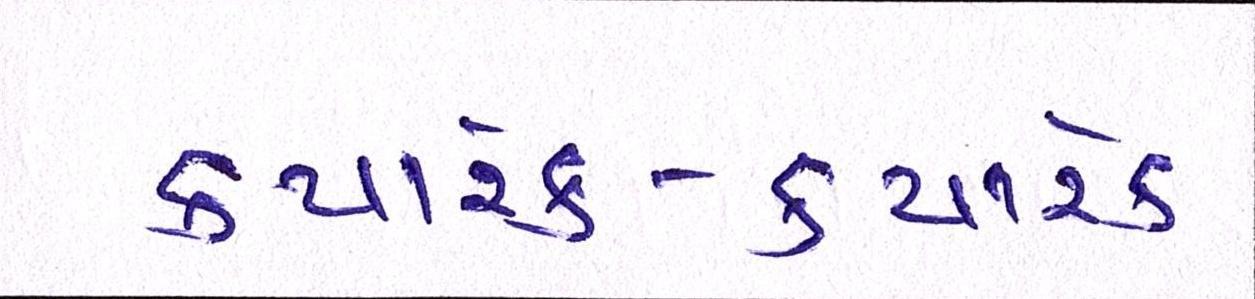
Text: ક્યારેક-ક્યારેક